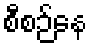
စီစဉ်နေ